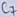
Text: C7